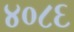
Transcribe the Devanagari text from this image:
४०८६